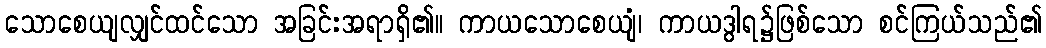
သောစေယျလျှင်ထင်သော အခြင်းအရာရှိ၏။ ကာယသောစေယျံ၊ ကာယဒွါရ၌ဖြစ်သော စင်ကြယ်သည်၏